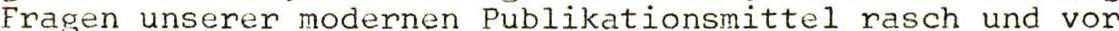
Fragen unserer modernen Publikationsmittel rasch und vor